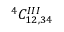
^ { 4 } C _ { 1 2 , 3 4 } ^ { I I I }